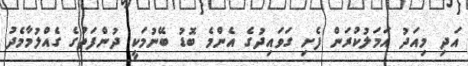
އަދި މިއަދު އަމަލުކުރަން ފެށި ގަވަައިދުގެ އެންމެ ބޮޑު ބޭނުމަކީ ދުންފަތުގެ ގެއްލުމާމެދު